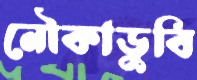
নৌকাডুবি